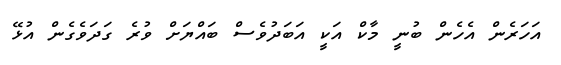
އަހަރެން އެހެން ބުނީ މާކް އަކީ އަބަދުވެސް ބައްޔަށް ވުރެ ގަދަވެގެން އުޅޭ